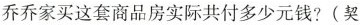
乔乔家买这套商品房实际共付多少元钱?(契